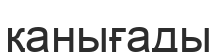
қанығады